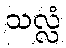
သလ္လံ